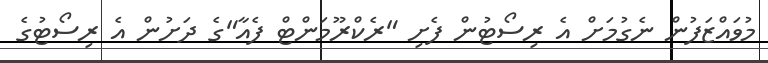
މުވައްޒަފުން ނެގުމަށް އެ ރިސޯޓުން ފެށި "ރެކްރޫމަންޓް ފެއާ"ގެ ދަށުން އެ ރިސޯޓުގެ